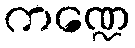
ကဏ္ဍေ